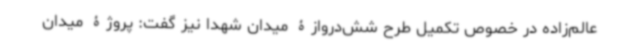
عالم‌زاده در خصوص تکمیل طرح شش‌دروازۀ میدان شهدا نیز گفت: پروژۀ میدان